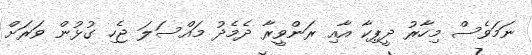
ނަމަވެސް މިހާރު ދީޕިކާ އާއި ރަންވީރާ ދެމެދު މައްސަލަ ޖެހި ގުޅުން ވަރަށް